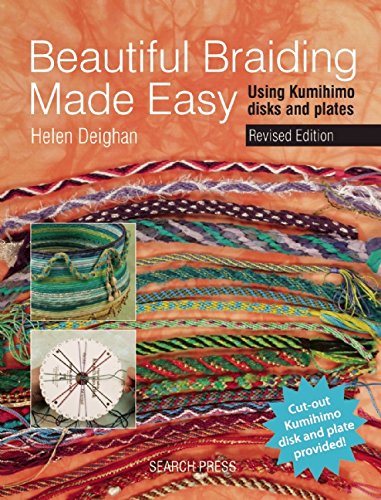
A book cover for Beautiful Braiding Made Easy: Using Kumihimo Disks and Plates; Helen Deighan; Crafts, Hobbies & Home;